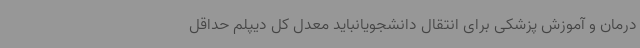
درمان و آموزش پزشکی برای انتقال دانشجویانباید معدل کل دیپلم حداقل